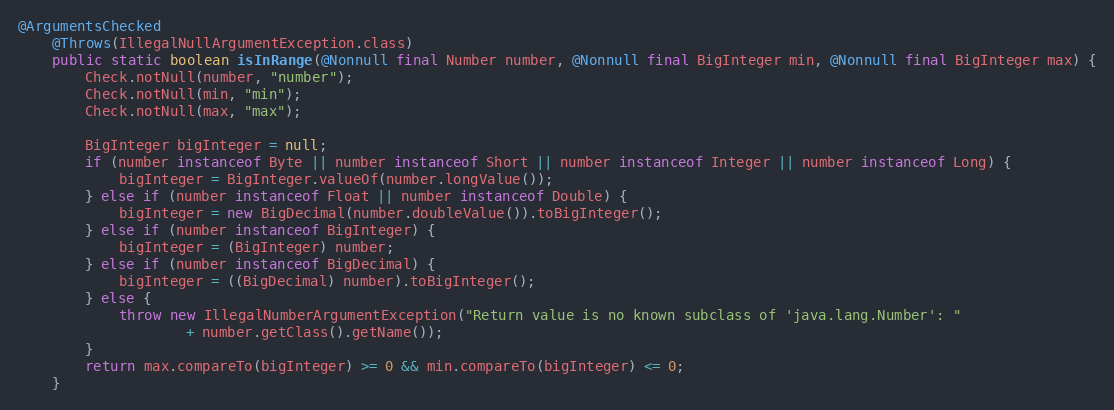
Language: Java
@ArgumentsChecked
	@Throws(IllegalNullArgumentException.class)
	public static boolean isInRange(@Nonnull final Number number, @Nonnull final BigInteger min, @Nonnull final BigInteger max) {
		Check.notNull(number, "number");
		Check.notNull(min, "min");
		Check.notNull(max, "max");

		BigInteger bigInteger = null;
		if (number instanceof Byte || number instanceof Short || number instanceof Integer || number instanceof Long) {
			bigInteger = BigInteger.valueOf(number.longValue());
		} else if (number instanceof Float || number instanceof Double) {
			bigInteger = new BigDecimal(number.doubleValue()).toBigInteger();
		} else if (number instanceof BigInteger) {
			bigInteger = (BigInteger) number;
		} else if (number instanceof BigDecimal) {
			bigInteger = ((BigDecimal) number).toBigInteger();
		} else {
			throw new IllegalNumberArgumentException("Return value is no known subclass of 'java.lang.Number': "
					+ number.getClass().getName());
		}
		return max.compareTo(bigInteger) >= 0 && min.compareTo(bigInteger) <= 0;
	}